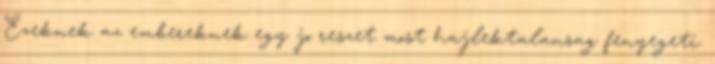
Ezeknek az embereknek egy jo reszet most hajlektalansag fenyegeti.